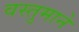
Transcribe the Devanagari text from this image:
वस्तुमाने